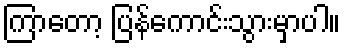
ကြာတော့ ပြန်ကောင်းသွားမှာပါ။